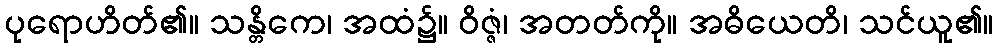
ပုရောဟိတ်၏။ သန္တိကေ၊ အထံ၌။ ဝိဇ္ဇံ၊ အတတ်ကို။ အဓိယေတိ၊ သင်ယူ၏။